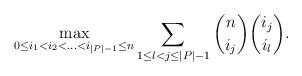
LaTeX: \begin{align*}\max_{0\le i_1<i_2<\ldots<i_{|P|-1}\le n}\sum_{1\le l<j\le |P|-1}\binom{n}{i_j}\binom{i_j}{i_l}.\end{align*}